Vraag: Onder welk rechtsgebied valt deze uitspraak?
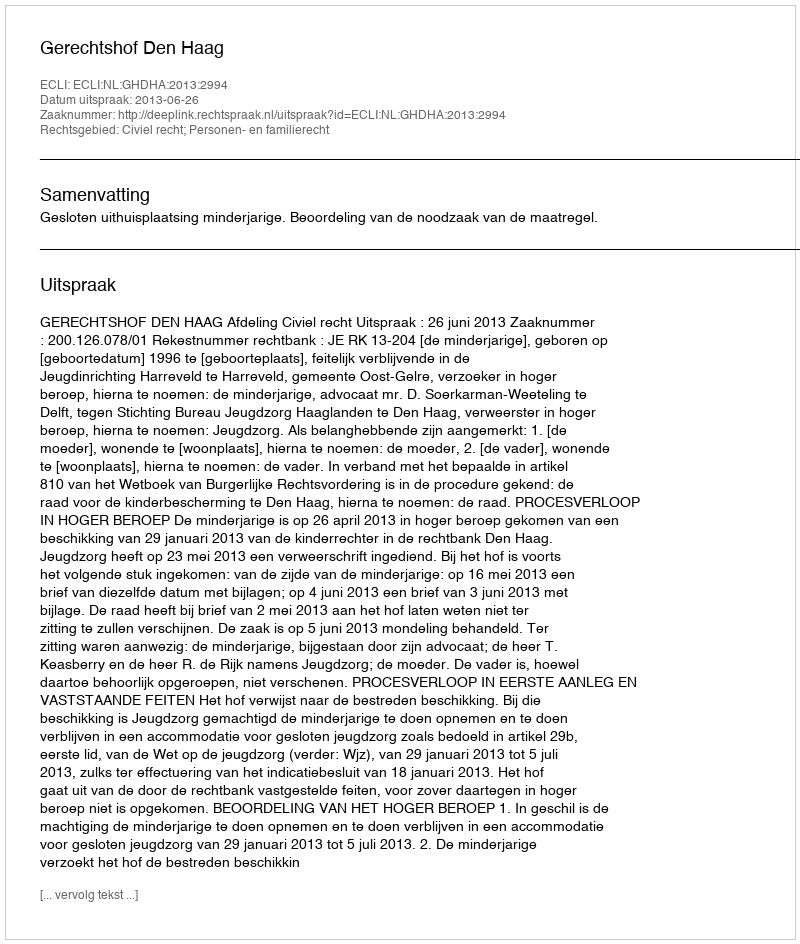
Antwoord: Civiel recht; Personen- en familierecht